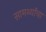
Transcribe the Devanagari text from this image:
सामर्थ्यांचा